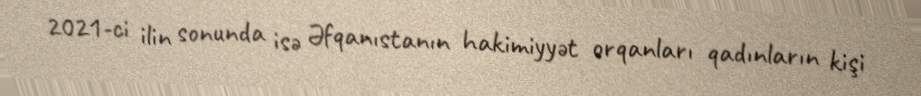
2021-ci ilin sonunda isə Əfqanıstanın hakimiyyət orqanları qadınların kişi